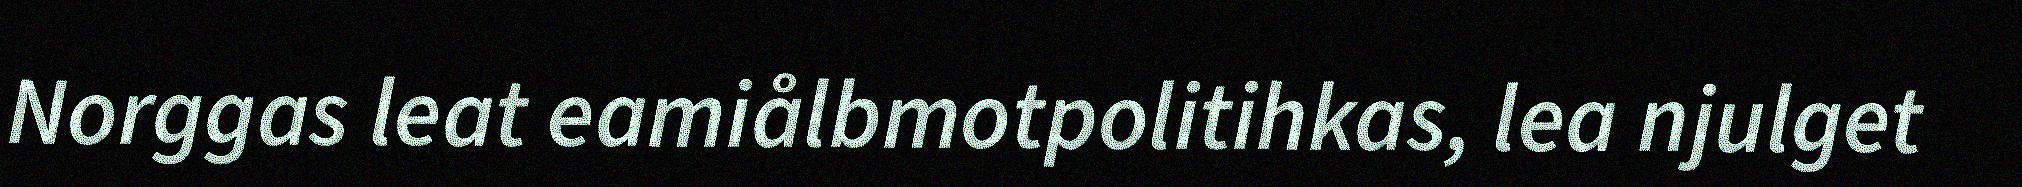
Norggas leat eamiålbmotpolitihkas, lea njulget